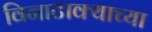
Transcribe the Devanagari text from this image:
विनाटाक्‍याच्या